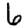
Digit: 6